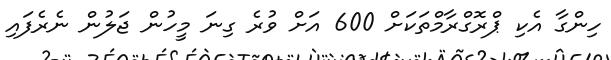
ހިންގާ އެކި ޕްރޮގްރާމްތަކަށް 600 އަށް ވުރެ ގިނަ މީހުން ޖަލުން ނެރެފައި